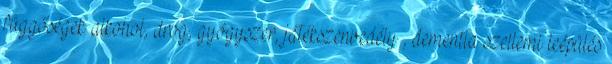
függőségek alkohol, drog, gyógyszer, játékszenvedély , dementia szellemi leépülés